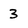
Character: 3